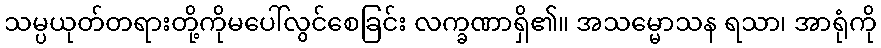
သမ္ပယုတ်တရားတို့ကိုမပေါ်လွင်စေခြင်း လက္ခဏာရှိ၏။ အသမ္မောသန ရသာ၊ အာရုံကို